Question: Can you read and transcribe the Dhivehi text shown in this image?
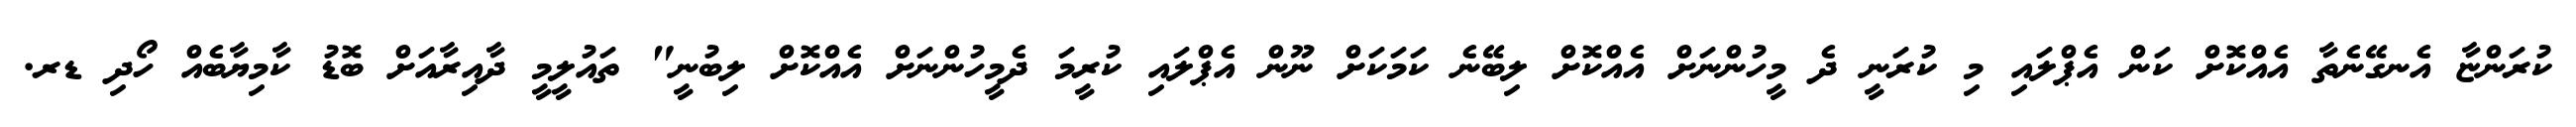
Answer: ކުރަންޏާ އެނގޭނެތާ އެއްކޮށް ކަން އެޕްލައި މި ކުރަނީ ދެ މީހުންނަށް އެއްކޮށް ލިބޭނެ ކަމަކަށް ނޫން އެޕްލައި ކުރީމަ ދެމީހުންނަށް އެއްކޮށް ލިބުނީ" ތައުލީމީ ދާއިރާއަށް ބޮޑު ކާމިޔާބެއް ހޯދި ޑރ.